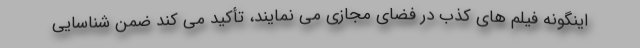
اینگونه فیلم های کذب در فضای مجازی می نمایند، تأکید می کند ضمن شناسایی